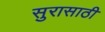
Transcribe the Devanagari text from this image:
सुरासाठी